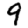
Digit: 9